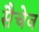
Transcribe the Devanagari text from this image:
सैचेव